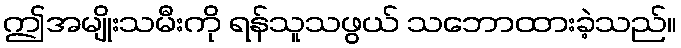
ဤအမျိုးသမီးကို ရန်သူသဖွယ် သဘောထားခဲ့သည်။